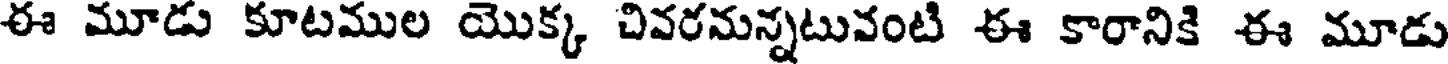
ఈ మూడు కూటముల యొక్క చివరమన్నటువంటి ఈ కారానికి ఈ మూడు